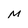
Character: M